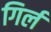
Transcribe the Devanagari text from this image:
गिर्ल